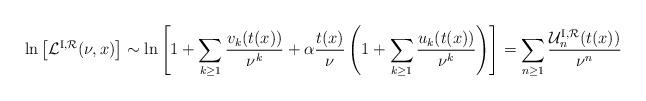
LaTeX: \begin{align*}\ln\left[ {\cal L}^{{\rm I}, {\cal R}}(\nu, x) \right] \sim\ln\left[ 1+\sum_{k \geq 1}{v_k(t(x))\over \nu^k}+{\alpha}{t(x) \over \nu}\left( 1+\sum_{k \geq 1}{u_k(t(x))\over \nu^k} \right) \right]= \sum_{n \geq 1} { {\cal U}_n^{{\rm I}, {\cal R}}(t(x)) \over \nu^n }\end{align*}